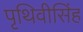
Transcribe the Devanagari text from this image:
पृथिवीसिंह